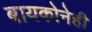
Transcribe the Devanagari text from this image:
बायकोनेही